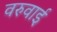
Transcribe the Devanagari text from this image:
वरुवाई